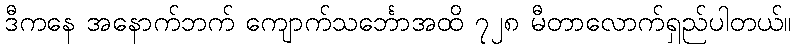
ဒီကနေ အနောက်ဘက် ကျောက်သင်္ဘောအထိ ၇၂၈ မီတာလောက်ရှည်ပါတယ်။